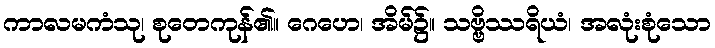
ကာလမကံသု၊ စုတေကုန်၏။ ဂေဟေ၊ အိမ်၌။ သဗ္ဗိဿရိယံ၊ အလုံးစုံသော